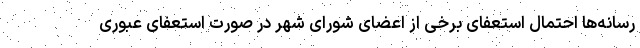
رسانه‌ها احتمال استعفای برخی از اعضای شورای شهر در صورت استعفای عبوری